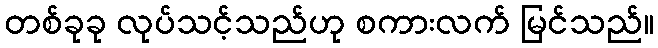
တစ်ခုခု လုပ်သင့်သည်ဟု စကားလက် မြင်သည်။